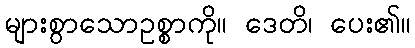
များစွာသောဥစ္စာကို။ ဒေတိ၊ ပေး၏။